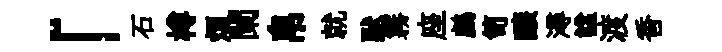
「石樽煩闌帛就默霧座鸕笥醸潯諡渡香